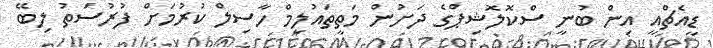
ޑީއެޗްއީ އިން ބުނީ ސްކޮލޮޝިޕްގެ ދަށުން މަތީތައުލީމް ހާސިލް ކުރުމަށް ފުރުސަތު ލިބޭ